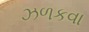
ઝળકવા